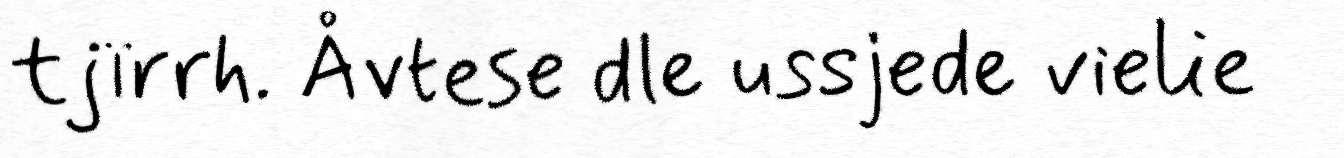
tjïrrh. Åvtese dle ussjede vielie